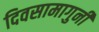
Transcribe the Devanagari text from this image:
दिवसामागुनी